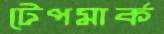
টেপমার্ক